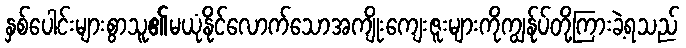
နှစ်ပေါင်းများစွာသူ၏မယုံနိုင်လောက်သောအကျိုးကျေးဇူးများကိုကျွန်ုပ်တို့ကြားခဲ့ရသည်